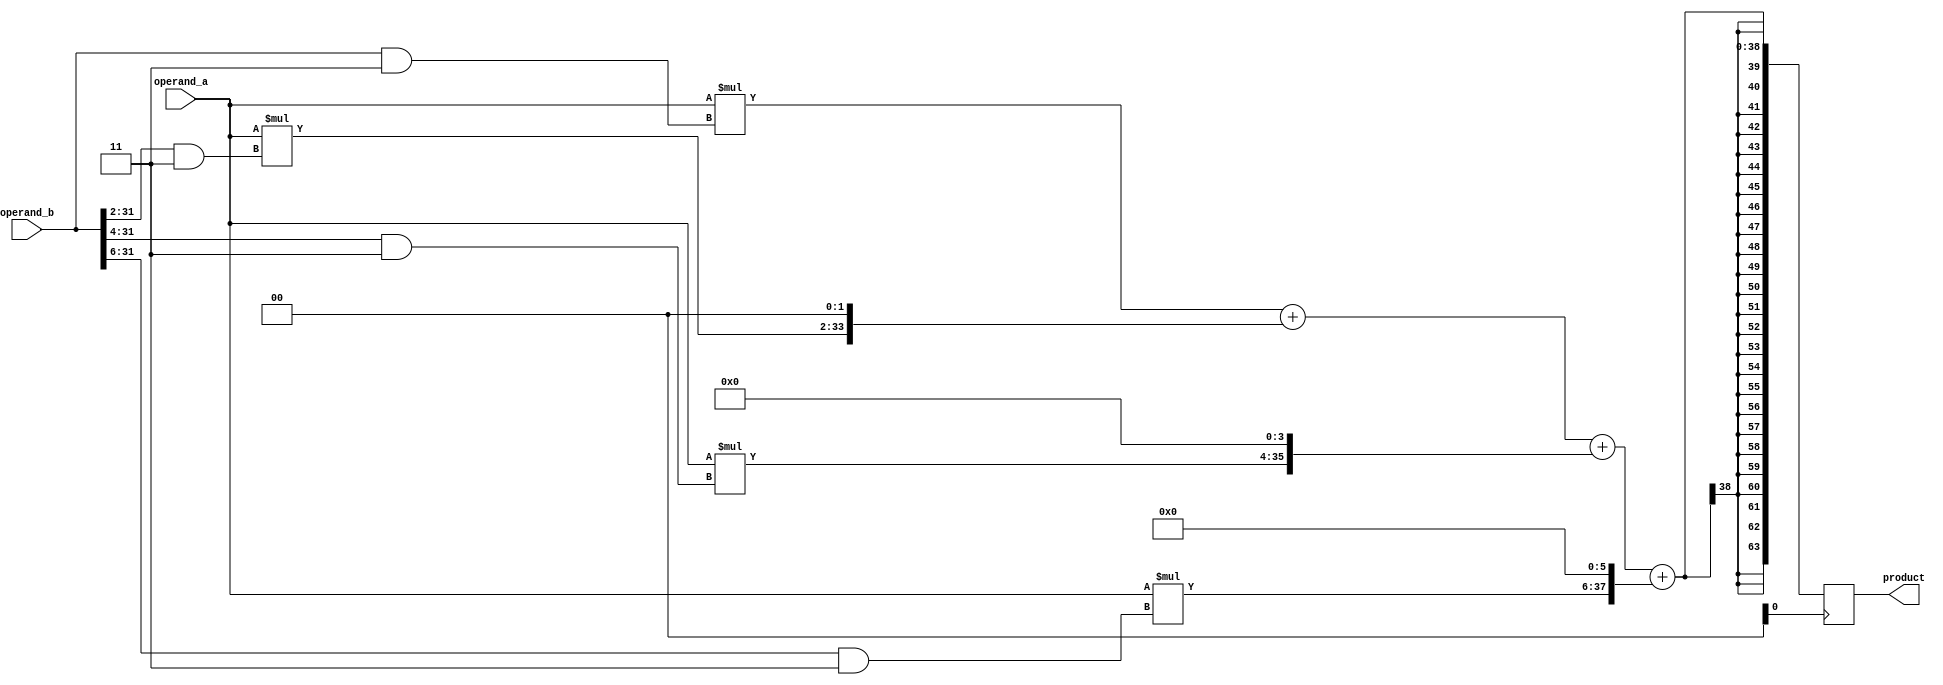
module radix4_multiplier (
    input signed [31:0] operand_a,
    input signed [31:0] operand_b,
    output reg signed [63:0] product
);

reg signed [31:0] a, b;
reg signed [31:0] partial_product_0, partial_product_1, partial_product_2, partial_product_3;
reg signed [63:0] accumulation;

always @(posedge clock) begin
    // sign extend the operands
    a = operand_a;
    b = operand_b;

    // Radix-4 multiplication algorithm using shift-add operations
    partial_product_0 = a * (b & 3'b11);
    partial_product_1 = a * ((b >> 2) & 3'b11);
    partial_product_2 = a * ((b >> 4) & 3'b11);
    partial_product_3 = a * ((b >> 6) & 3'b11);

    // Accumulate the partial products
    accumulation = partial_product_0 + (partial_product_1 << 2) + (partial_product_2 << 4) + (partial_product_3 << 6);

    // Output the final product
    product = accumulation;
end

endmodule